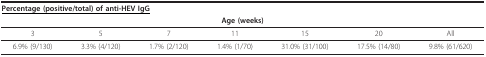
<table><thead><tr><td colspan="7"><b><underline>Percentage (positive/total) of anti-HEV IgG</underline></b></td></tr><tr><td colspan="7"><b>Age (weeks)</b></td></tr></thead><tbody><tr><td>3</td><td>5</td><td>7</td><td>11</td><td>15</td><td>20</td><td>All</td></tr><tr><td>6.9% (9/130)</td><td>3.3% (4/120)</td><td>1.7% (2/120)</td><td>1.4% (1/70)</td><td>31.0% (31/100)</td><td>17.5% (14/80)</td><td>9.8% (61/620)</td></tr></tbody></table>